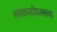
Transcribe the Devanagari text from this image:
साखळीसारख्या